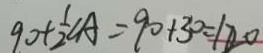
9 0 + \frac { 1 } { 2 } \angle A = 9 0 + 3 0 = 1 2 0